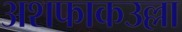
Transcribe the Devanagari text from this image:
अशफाकउल्ला